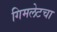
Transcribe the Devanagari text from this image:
गिमलेटचा